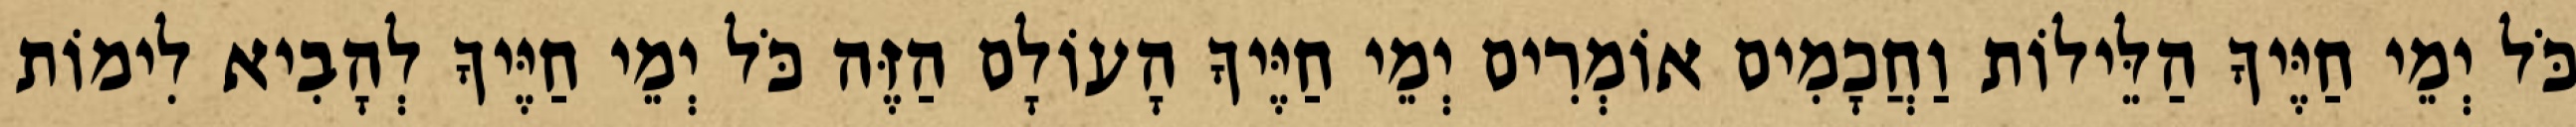
כֹּל יְמֵי חַיֶּיךָ הַלֵּילוֹת וַחֲכָמִים אוֹמְרִים יְמֵי חַיֶּיךָ הָעוֹלָם הַזֶּה כֹּל יְמֵי חַיֶּיךָ לְהָבִיא לִימוֹת